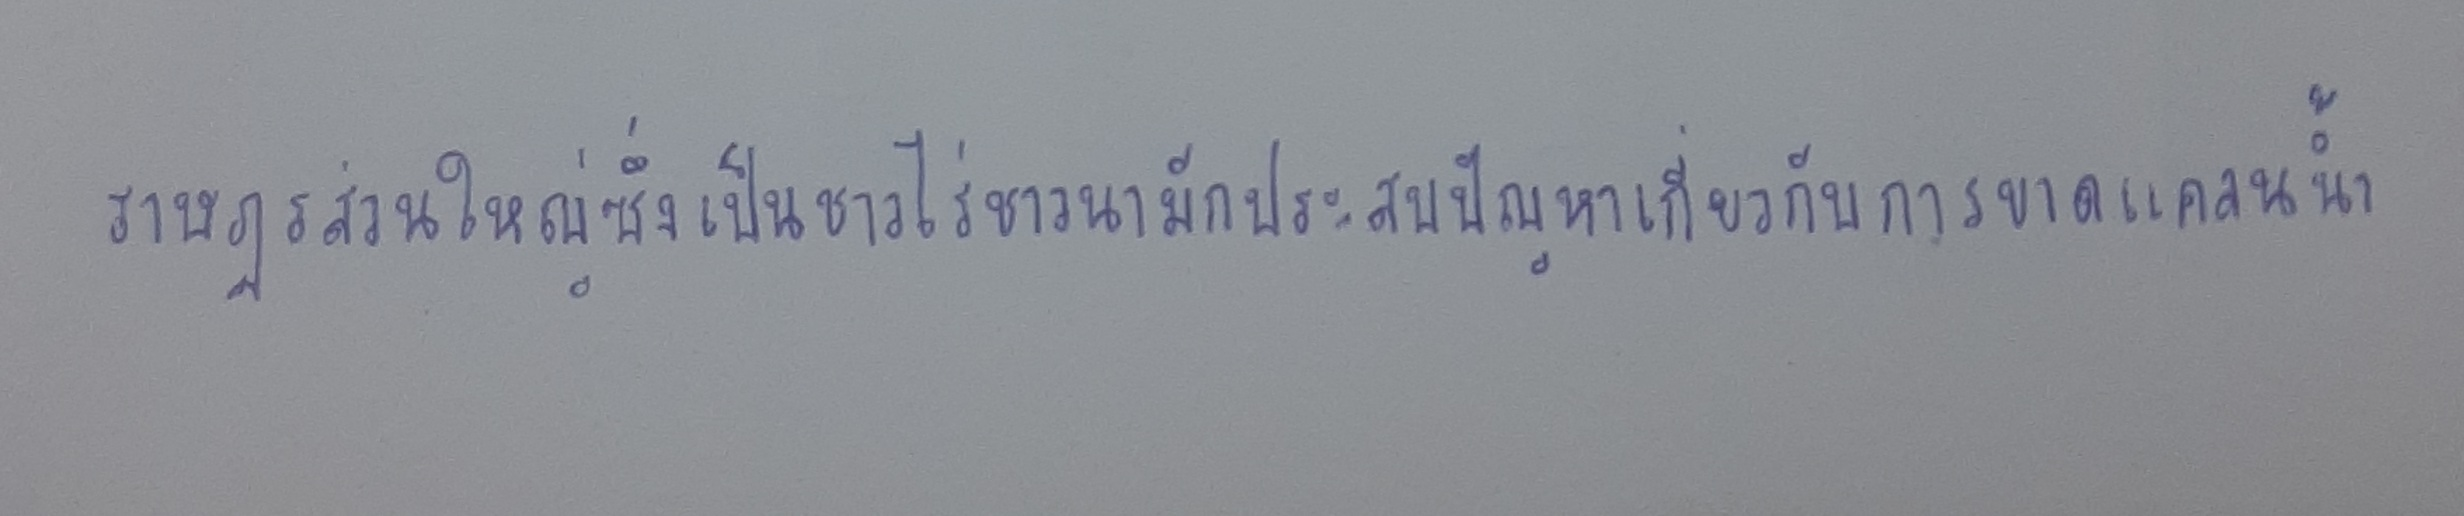
ราษฎรส่วนใหญ่ซึ่งเป็นชาวไร่ชาวนามักประสบปัญหาเกี่ยวกับการขาดแคลนน้ำ